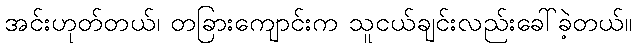
အင်းဟုတ်တယ်၊ တခြားကျောင်းက သူငယ်ချင်းလည်းခေါ်ခဲ့တယ်။